Vaccination North-Western Provinces and Oudh 1896-1901 - 1896-1901
Year: 1896
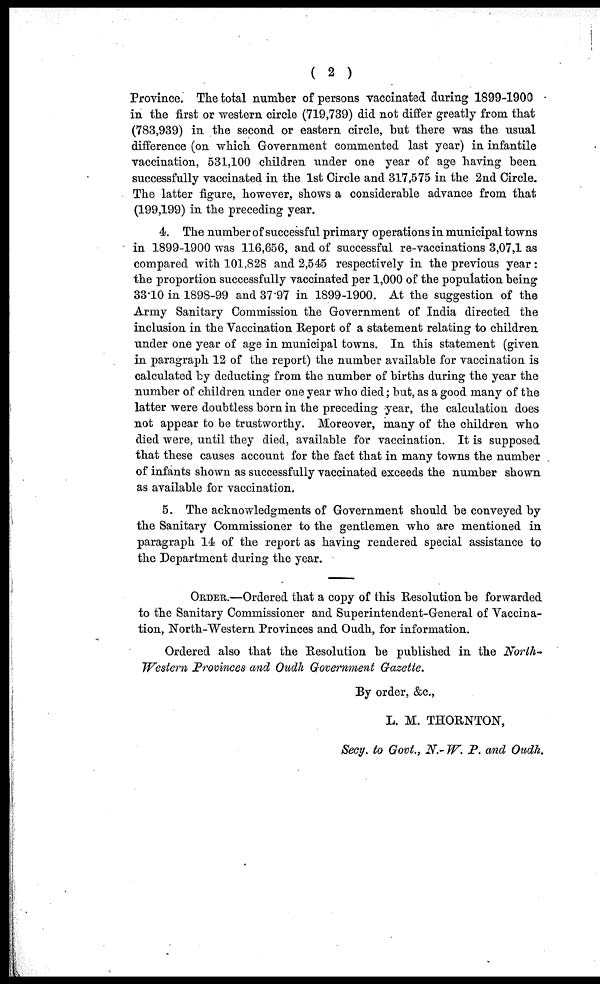
( 2 )
Province. The total number of persons vaccinated during 1899-1900
in the first or western circle (719,739) did not differ greatly from that
(783,939) in the second or eastern circle, but there was the usual
difference (on which Government commented last year) in infantile
vaccination, 531,100 children under one year of age having been
successfully vaccinated in the 1st Circle and 317,575 in the 2nd Circle.
The latter figure, however, shows a considerable advance from that
(199,199) in the preceding year.
4. The number of successful primary operations in municipal towns
in 1899-1900 was 116,656, and of successful re-vaccinations 3,07,1 as
compared with 101,828 and 2,545 respectively in the previous year:
the proportion successfully vaccinated per 1,000 of the population being
33.10 in 1898-99 and 37.97 in 1899-1900. At the suggestion of the
Army Sanitary Commission the Government of India directed the
inclusion in the Vaccination Report of a statement relating to children
under one year of age in municipal towns. In this statement (given
in paragraph 12 of the report) the number available for vaccination is
calculated by deducting from the number of births during the year the
number of children under one year who died; but, as a good many of the
latter were doubtless born in the preceding year, the calculation does
not appear to be trustworthy. Moreover, many of the children who
died were, until they died, available for vaccination. It is supposed
that these causes account for the fact that in many towns the number
of infants shown as successfully vaccinated exceeds the number shown
as available for vaccination.
5. The acknowledgments of Government should be conveyed by
the Sanitary Commissioner to the gentlemen who are mentioned in
paragraph 14 of the report as having rendered special assistance to
the Department during the year.
ORDER.—Ordered that a copy of this Resolution be forwarded
to the Sanitary Commissioner and Superintendent-General of Vaccina-
tion, North-Western Provinces and Oudh, for information.
Ordered also that the Resolution be published in the North-
Western Provinces and Oudh Government Gazette.
By order, &c.,
L. M. THORNTON,
Secy, to Govt., N.- W. P. and Oudh.